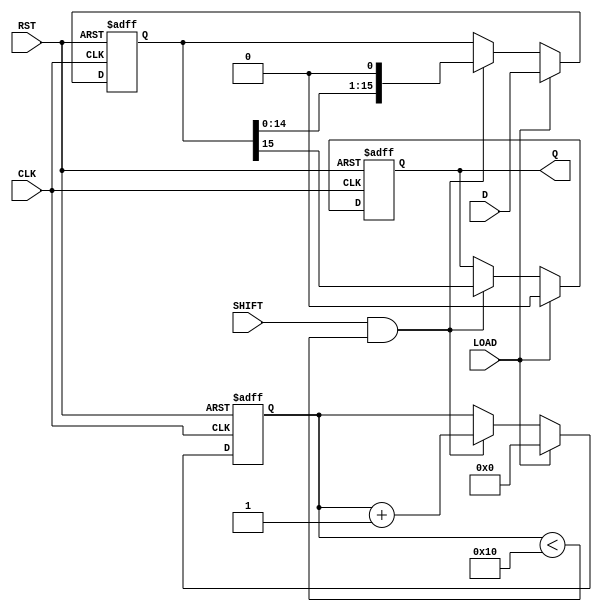
module PISO_Register (
    input wire [15:0] D,      // 16-bit data input
    input wire LOAD,          // Load control signal
    input wire SHIFT,         // Shift control signal
    input wire CLK,           // Clock signal
    input wire RST,           // Asynchronous reset signal
    output reg Q              // Serial output
);

    reg [15:0] shift_reg;     // Internal shift register to hold the data
    reg [4:0] bit_count;      // Bit counter for shifting
    
    always @(posedge CLK or posedge RST) begin
        if (RST) begin
            shift_reg <= 16'b0; // Clear the register on reset
            Q <= 1'b0;          // Clear serial output
            bit_count <= 5'b0;  // Reset bit counter
        end else begin
            if (LOAD) begin
                shift_reg <= D; // Load the data into the register
                Q <= 1'b0;      // Output remains unchanged during load
                bit_count <= 5'b0; // Reset bit counter
            end else if (SHIFT && bit_count < 16) begin
                Q <= shift_reg[15]; // Output the MSB
                shift_reg <= {shift_reg[14:0], 1'b0}; // Shift left
                bit_count <= bit_count + 1; // Increment bit counter
            end
        end
    end

endmodule